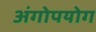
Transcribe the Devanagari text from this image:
अंगोपयोग